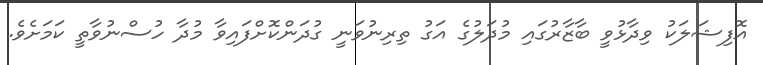
އޮފިޝަލަކު ވިދާޅުވީ ބާޒާރުގައި މުދަލުގެ އަގު ތިރިނުވަނީ ގުދަންކޮށްފައިވާ މުދާ ހުސްނުވާތީ ކަމަށެވެ.